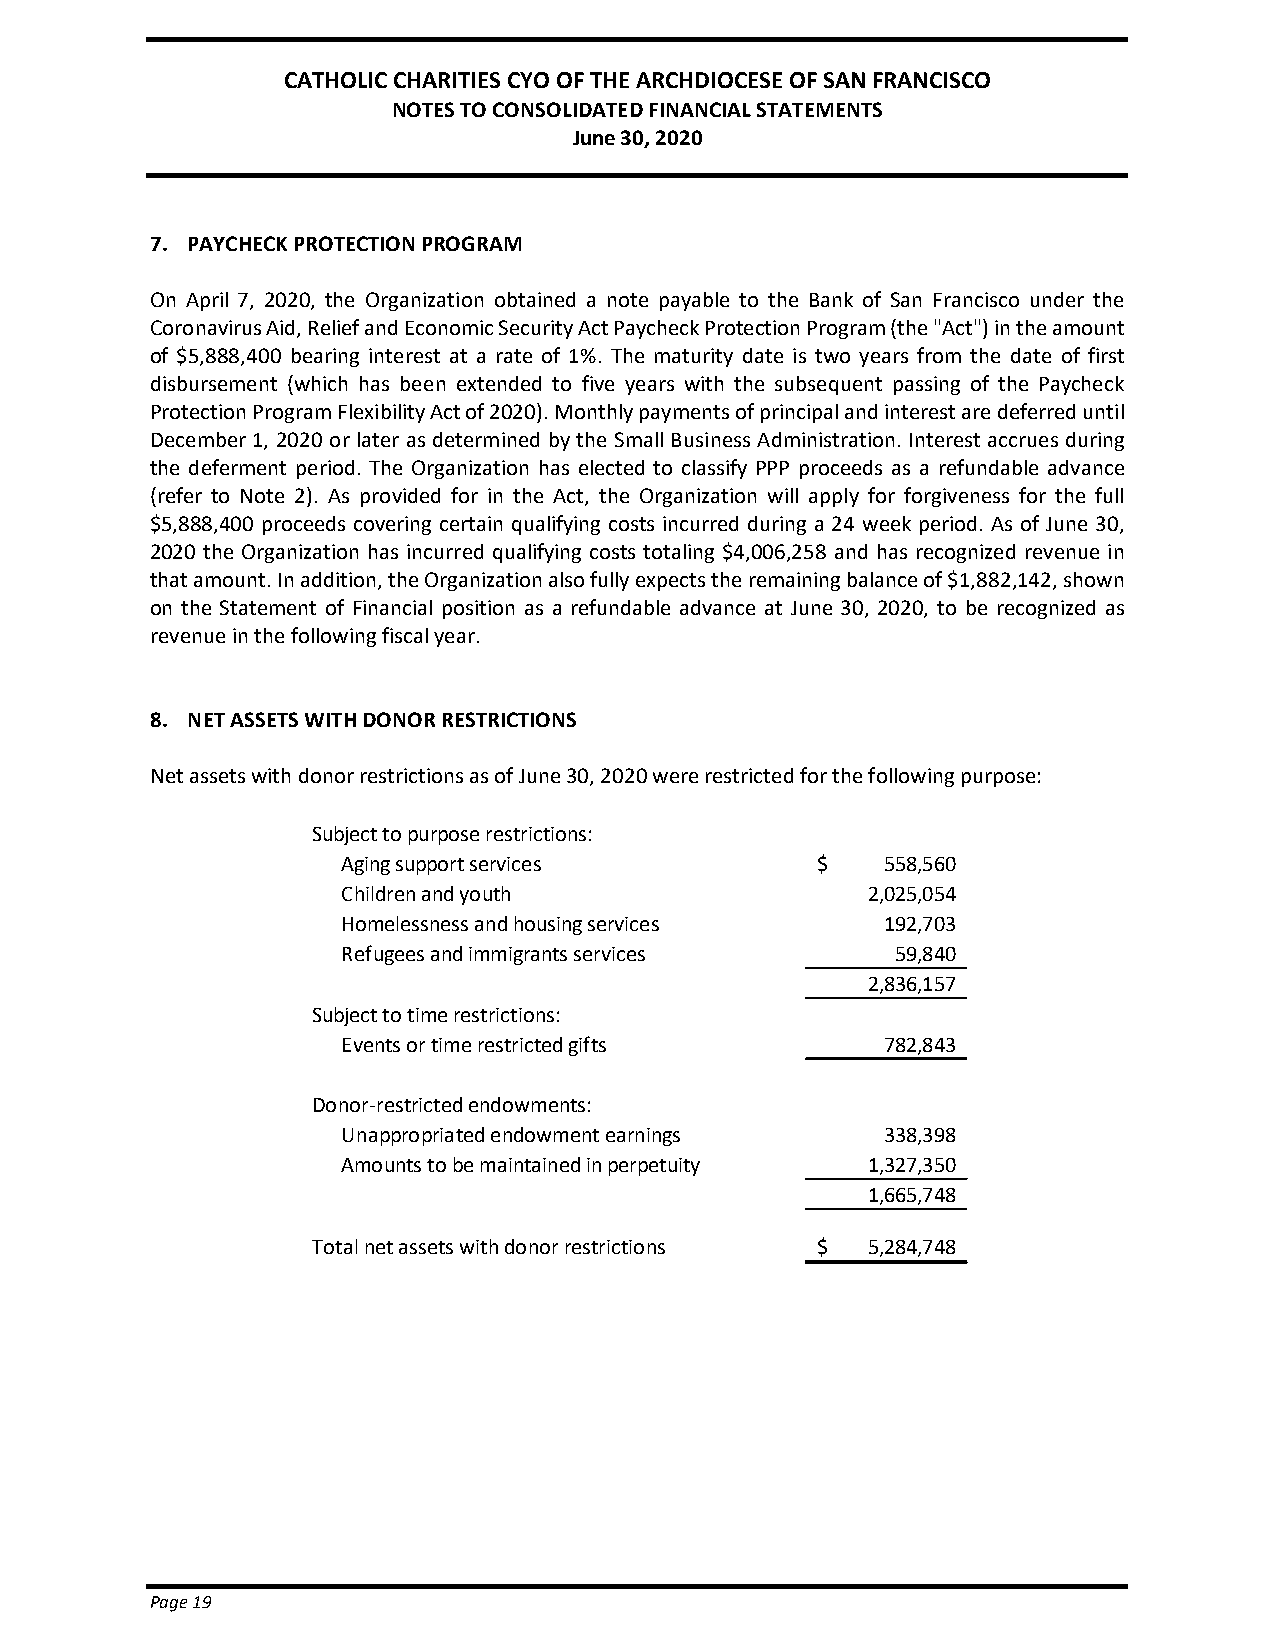
CATHOLIC CHARITIES CYO OF THE ARCHDIOCESE OF SAN FRANCISCO
 NOTES TO CONSOLIDATED FINANCIAL STATEMENTS
 June 30, 2020
 7. PAYCHECK PROTECTION PROGRAM
 On April 7, 2020, the Organization obtained a note payable to the Bank of San Francisco under the
 Coronavirus Aid, Relief and Economic Security Act Paycheck Protection Program (the "Act") in the amount
 of $5,888,400 bearing interest at a rate of 1%. The maturity date is two years from the date of first
 disbursement (which has been extended to five years with the subsequent passing of the Paycheck
 Protection Program Flexibility Act of 2020). Monthly payments of principal and interest are deferred until
 December 1, 2020 or later as determined by the Small Business Administration. Interest accrues during
 the deferment period. The Organization has elected to classify PPP proceeds as a refundable advance
 (refer to Note 2). As provided for in the Act, the Organization will apply for forgiveness for the full
 $5,888,400 proceeds covering certain qualifying costs incurred during a 24 week period. As of June 30,
 2020 the Organization has incurred qualifying costs totaling $4,006,258 and has recognized revenue in
 that amount. In addition, the Organization also fully expects the remaining balance of $1,882,142, shown
 on the Statement of Financial position as a refundable advance at June 30, 2020, to be recognized as
 revenue in the following fiscal year.
 8. NET ASSETS WITH DONOR RESTRICTIONS
 Net assets with donor restrictions as of June 30, 2020 were restricted for the following purpose:
 Subject to purpose restrictions:
 Aging support services         $    558,560
 Children and youth                2,025,054
 Homelessness and housing services   192,703
 Refugees and immigrants services    59,840
 2,836,157
 Subject to time restrictions:
 Events or time restricted gifts     782,843
 Donor-restricted endowments:
 Unappropriated endowment earnings   338,398
 Amounts to be maintained in perpetuity 1,327,350
 1,665,748
 Total net assets with donor restrictions $ 5 ,284,748
 Page 19